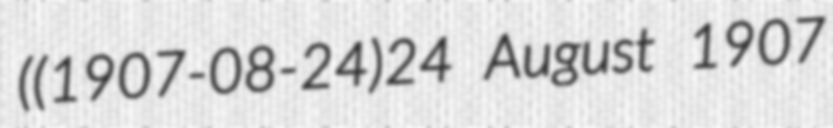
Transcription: ((1907-08-24)24 August 1907